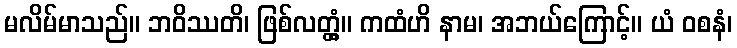
မလိမ်မာသည်။ ဘဝိဿတိ၊ ဖြစ်လတ္တံ့။ ကထံဟိ နာမ၊ အဘယ်ကြောင့်။ ယံ ဝစနံ၊